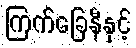
ကြက်ခြေနီနှင့်